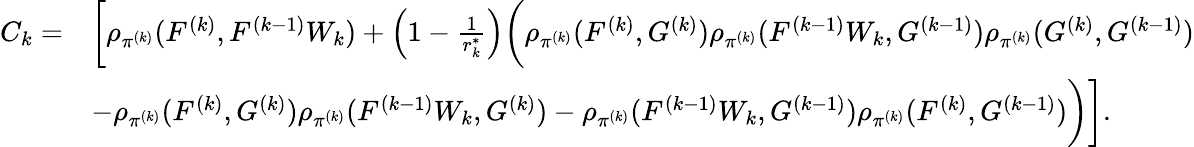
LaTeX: \begin{array}{rl}{C_{k}=}&{\bigg[\rho_{\pi^{(k)}}(F^{(k)},F^{(k-1)}W_{k})+\left(1-\frac{1}{r_{k}^{\ast}}\right)\bigg(\rho_{\pi^{(k)}}(F^{(k)},G^{(k)})\rho_{\pi^{(k)}}(F^{(k-1)}W_{k},G^{(k-1)})\rho_{\pi^{(k)}}(G^{(k)},G^{(k-1)})}\\ &{-\rho_{\pi^{(k)}}(F^{(k)},G^{(k)})\rho_{\pi^{(k)}}(F^{(k-1)}W_{k},G^{(k)})-\rho_{\pi^{(k)}}(F^{(k-1)}W_{k},G^{(k-1)})\rho_{\pi^{(k)}}(F^{(k)},G^{(k-1)})\bigg)\bigg].}\end{array}